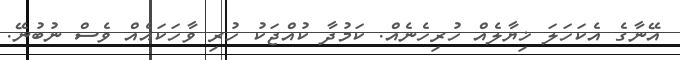
އޭނާގެ އެކަހަލަ ޚިޔާލެއް ހުރިހެނެއް. ކަމުދާ ކުއްޖަކު ހުރި ވާހަކައެއް ވެސް ނުބުނޭ.